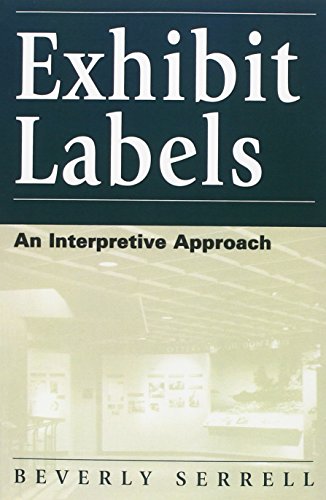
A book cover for Exhibit Labels: An Interpretive Approach (VIP; 43); Beverly Serrell; Business & Money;